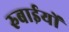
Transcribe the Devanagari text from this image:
रुबाईयों